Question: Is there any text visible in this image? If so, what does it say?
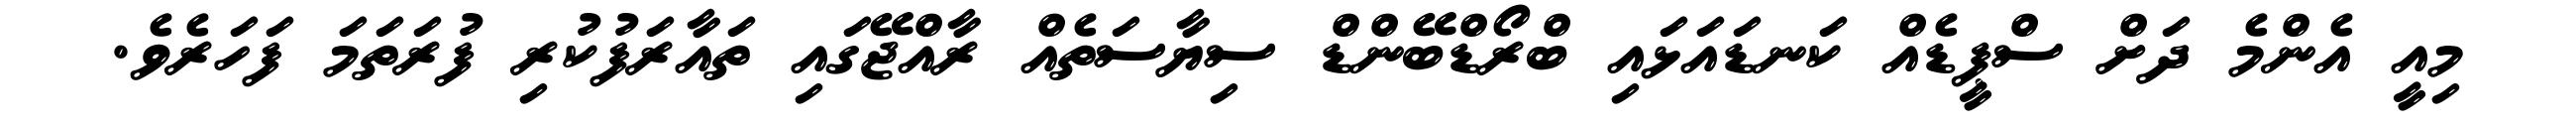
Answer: މިއީ އެންމެ ދަށް ސްޕީޑެއް ކަނޑައަޅައި ބްރޯޑްބޭންޑް ސިޔާސަތެއް ރާއްޖޭގައި ތައާރަފުކުރި ފުރަތަމަ ފަހަރެވެ.